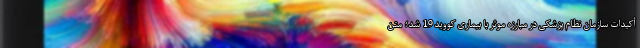
أکیدات سازمان نظام پزشکی در مبارزه موثر با بیماری کووید 19 شد؛ متن